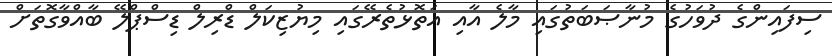
ސިފައިންގެ ދުވަހުގެ މުނާޞަބަތުގައި މާލެ އާއި އަތޮޅުތެރޭގައި މިޔުޒިކަލް ޑްރިލް ޑިސްޕްލޭ ބާއްވާގޮތަށް